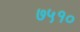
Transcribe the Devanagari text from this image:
७५१०